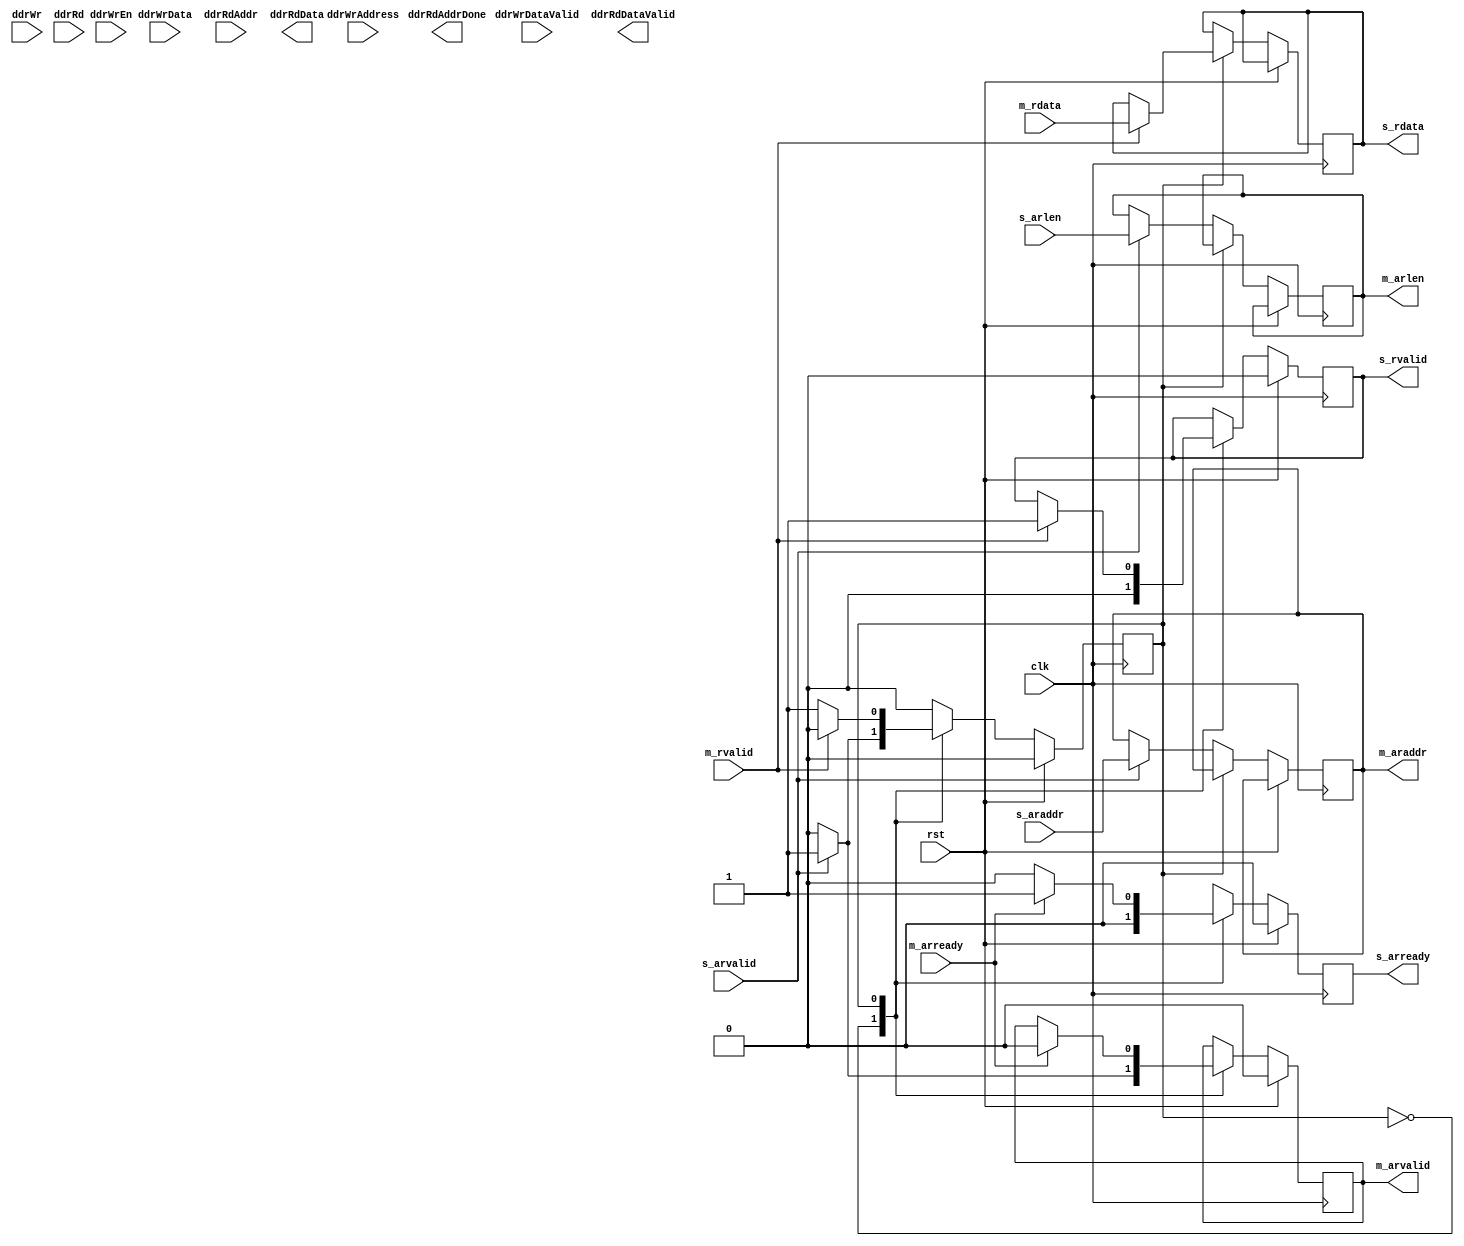
`timescale 1ns / 1ps
//////////////////////////////////////////////////////////////////////////////////
// Company: 
// Engineer: 
// 
// Design Name: 
// Module Name: axi4_brdige
// Project Name: 
// Target Devices: 
// Tool Versions: 0
// 
// Dependencies: 
// 
// Revision:
// Revision 0.01 - File Created
// Additional Comments:
// 
//////////////////////////////////////////////////////////////////////////////////


module axi4_brdige(
input clk,
input rst,
//slave
input s_arvalid,
input [31:0] s_araddr,
input [7:0] s_arlen,
output reg s_rvalid,
output reg s_arready,
output reg [511:0] s_rdata,

input ddrWr,
input [31:0] ddrWrAddress,
input ddrWrEn,
input [511:0] ddrWrData,
input ddrWrDataValid,

input [31:0] ddrRdAddr,
input ddrRd,
output ddrRdAddrDone,
output [511:0] ddrRdData,
output ddrRdDataValid,
//master
output reg m_arvalid,
output reg [31:0] m_araddr,
output reg [7:0] m_arlen,
input m_arready,
input m_rvalid,
input [511:0] m_rdata
    );
 localparam IDLE =1'b0,
            WAIT =1'b1; 
 reg state;  
 always @(posedge clk) 
 begin
 if(rst)
    begin
    s_arready <= 1'b0;
    m_arvalid <=1'b0;
    s_rvalid <= 1'b0;
    state <=IDLE;
    end
 else 
    begin
    case(state)
    IDLE: begin
    s_rvalid <= 1'b0;
    m_arvalid <=1'b0;
    s_arready <=1'b0;
    if(s_arvalid)
        begin
        m_arvalid <=1'b1;
        m_araddr <= s_araddr;
        m_arlen <= s_arlen;
        state <= WAIT;
        end
    end
    WAIT:begin
    s_arready <=1'b0;
    if(m_arready)
        begin
        s_arready <=1'b1;
        m_arvalid <=1'b0;
        end
    if(m_rvalid)
        begin
        s_rdata <=m_rdata;
        s_rvalid <= 1'b1;
        state <=IDLE;
        end
    end
    endcase
    end
 end
endmodule